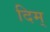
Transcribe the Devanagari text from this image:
दिम्